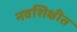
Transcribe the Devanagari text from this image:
नवशिक्षीत